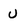
Character: u